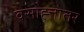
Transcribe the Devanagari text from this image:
वसाह्त्तोतर